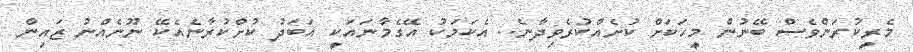
މެރީކުރަންވެސް ބޭނުން މީހަކަށް ކުށެއްކުރެވިދާނެ.. އެކަމަކު އޭގެމާނައަކީ އަބަދު ކުށްކުރާނެއެކޭ ނޫނެއްނު ޒައިން